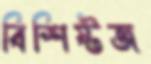
বিশিষ্টজ